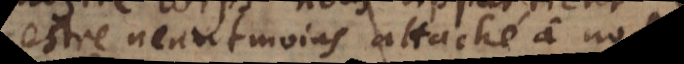
estre neantmoins attaché à